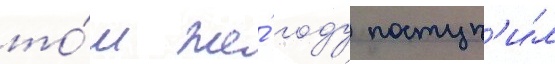
то́м же́ году поступ'и́л